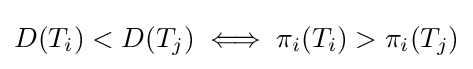
D(T_{i})<D(T_{j})\iff \pi _{i}(T_{i})>\pi _{i}(T_{j})